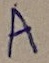
Text: A